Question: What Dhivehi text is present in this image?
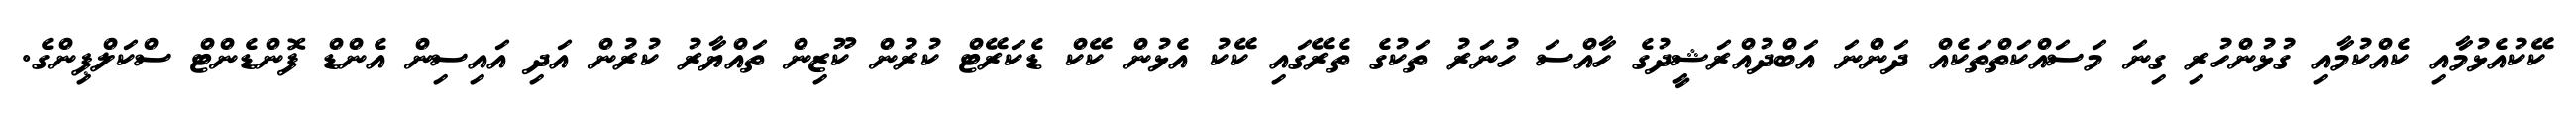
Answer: ކޭކުއެޅުމާއި ކެއްކުމާއި ގުޅުންހުރި ގިނަ މަސައްކަތްތަކެއް ދަންނަ އަބްދުއްރަޝީދުގެ ހާއްސަ ހުނަރު ތަކުގެ ތެރޭގައި ކޭކު އެޅުން ކޭކް ޑެކަރޭޓް ކުރުން ކޫޒިން ތައްޔާރު ކުރުން އަދި އައިސިން އެންޑް ފޮންޑެންޓް ސްކަލްޕިންގެ.